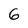
Character: 6